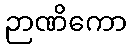
ဉာဏိကော